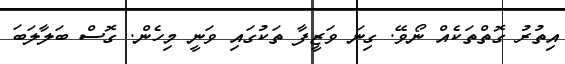
އިތުރު ގޮތްތަކެއް ނޯވޭ. ގިނަ ވަޒީފާ ތަކުގައި ވަނީ މިހެން. ގޮސް ބަލާލަބަ